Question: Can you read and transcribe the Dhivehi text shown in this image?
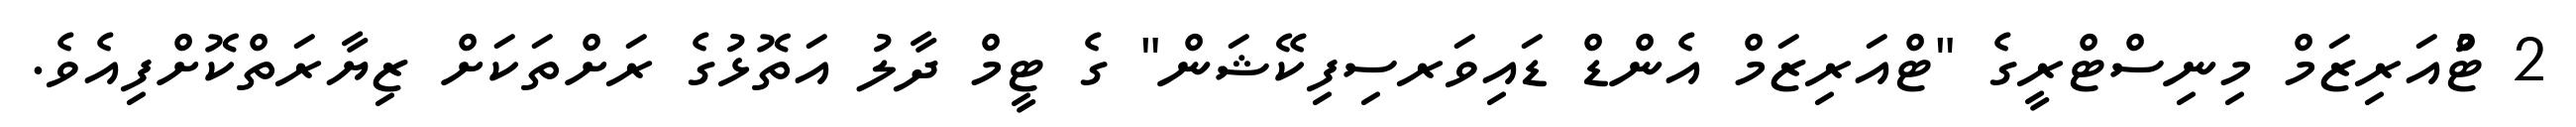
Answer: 2 ޓްުއަރިޒަމް މިނިސްޓްރީގެ "ޓްއަރިޒަމް އެންޑް ޑައިވަރސިފިކޭޝަން" ގެ ޓީމް ދާލު އަތޮޅުގެ ރަށްތަކަށް ޒިޔާރަތްކޮށްފިއެވެ.